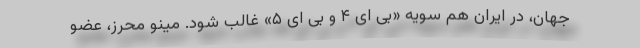
جهان، در ایران هم سویه «بی ای ۴ و بی ای ۵» غالب شود. مینو محرز، عضو